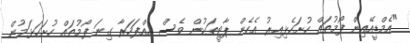
"އެމްޑީއޭއިން ފޯމުތައް ހުށަހެޅިއިރު އެހެން ޕާޓީތަކުން ވެސް އެއްފަހަރާ ގިނަ ފޯމުތައް ހުށަހަޅަމުން